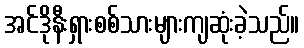
အင်ဒိုနီးရှားစစ်သားများကျဆုံးခဲ့သည်။